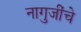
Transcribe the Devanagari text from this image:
नागुजींचे